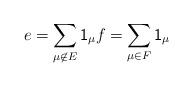
LaTeX: \begin{align*}e = \sum_{\mu \not \in E} {\sf 1}_\mu f = \sum_{\mu \in F} {\sf 1}_\mu \end{align*}